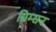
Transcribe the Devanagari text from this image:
ग्रिम्सन